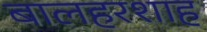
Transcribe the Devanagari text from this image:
बालहरशाह